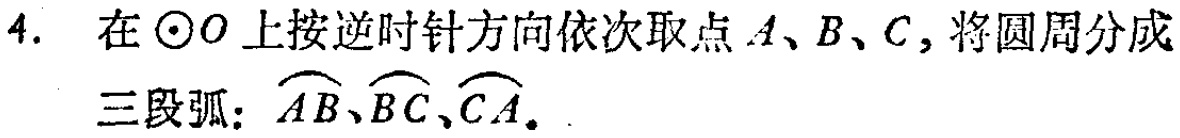
4. 在\(\odot O\)上按逆时针方向依次取点\(A、B、C\)，将圆周分成三段弧：\(\overset{\frown}{AB}、\overset{\frown}{BC}、\overset{\frown}{CA}\)。